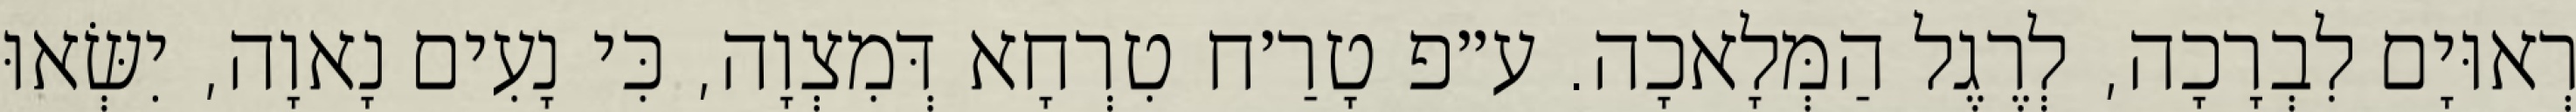
רְאוּיָם לִבְרָכָה, לְרֶגֶל הַמְּלָאכָה. ע״פ טָרַ׳ח טִרְחָא דְּמִצְוָה, כִּי נָעִים נָאוָה, יִשְּׂאוּ